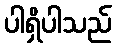
ပါရှိပါသည်